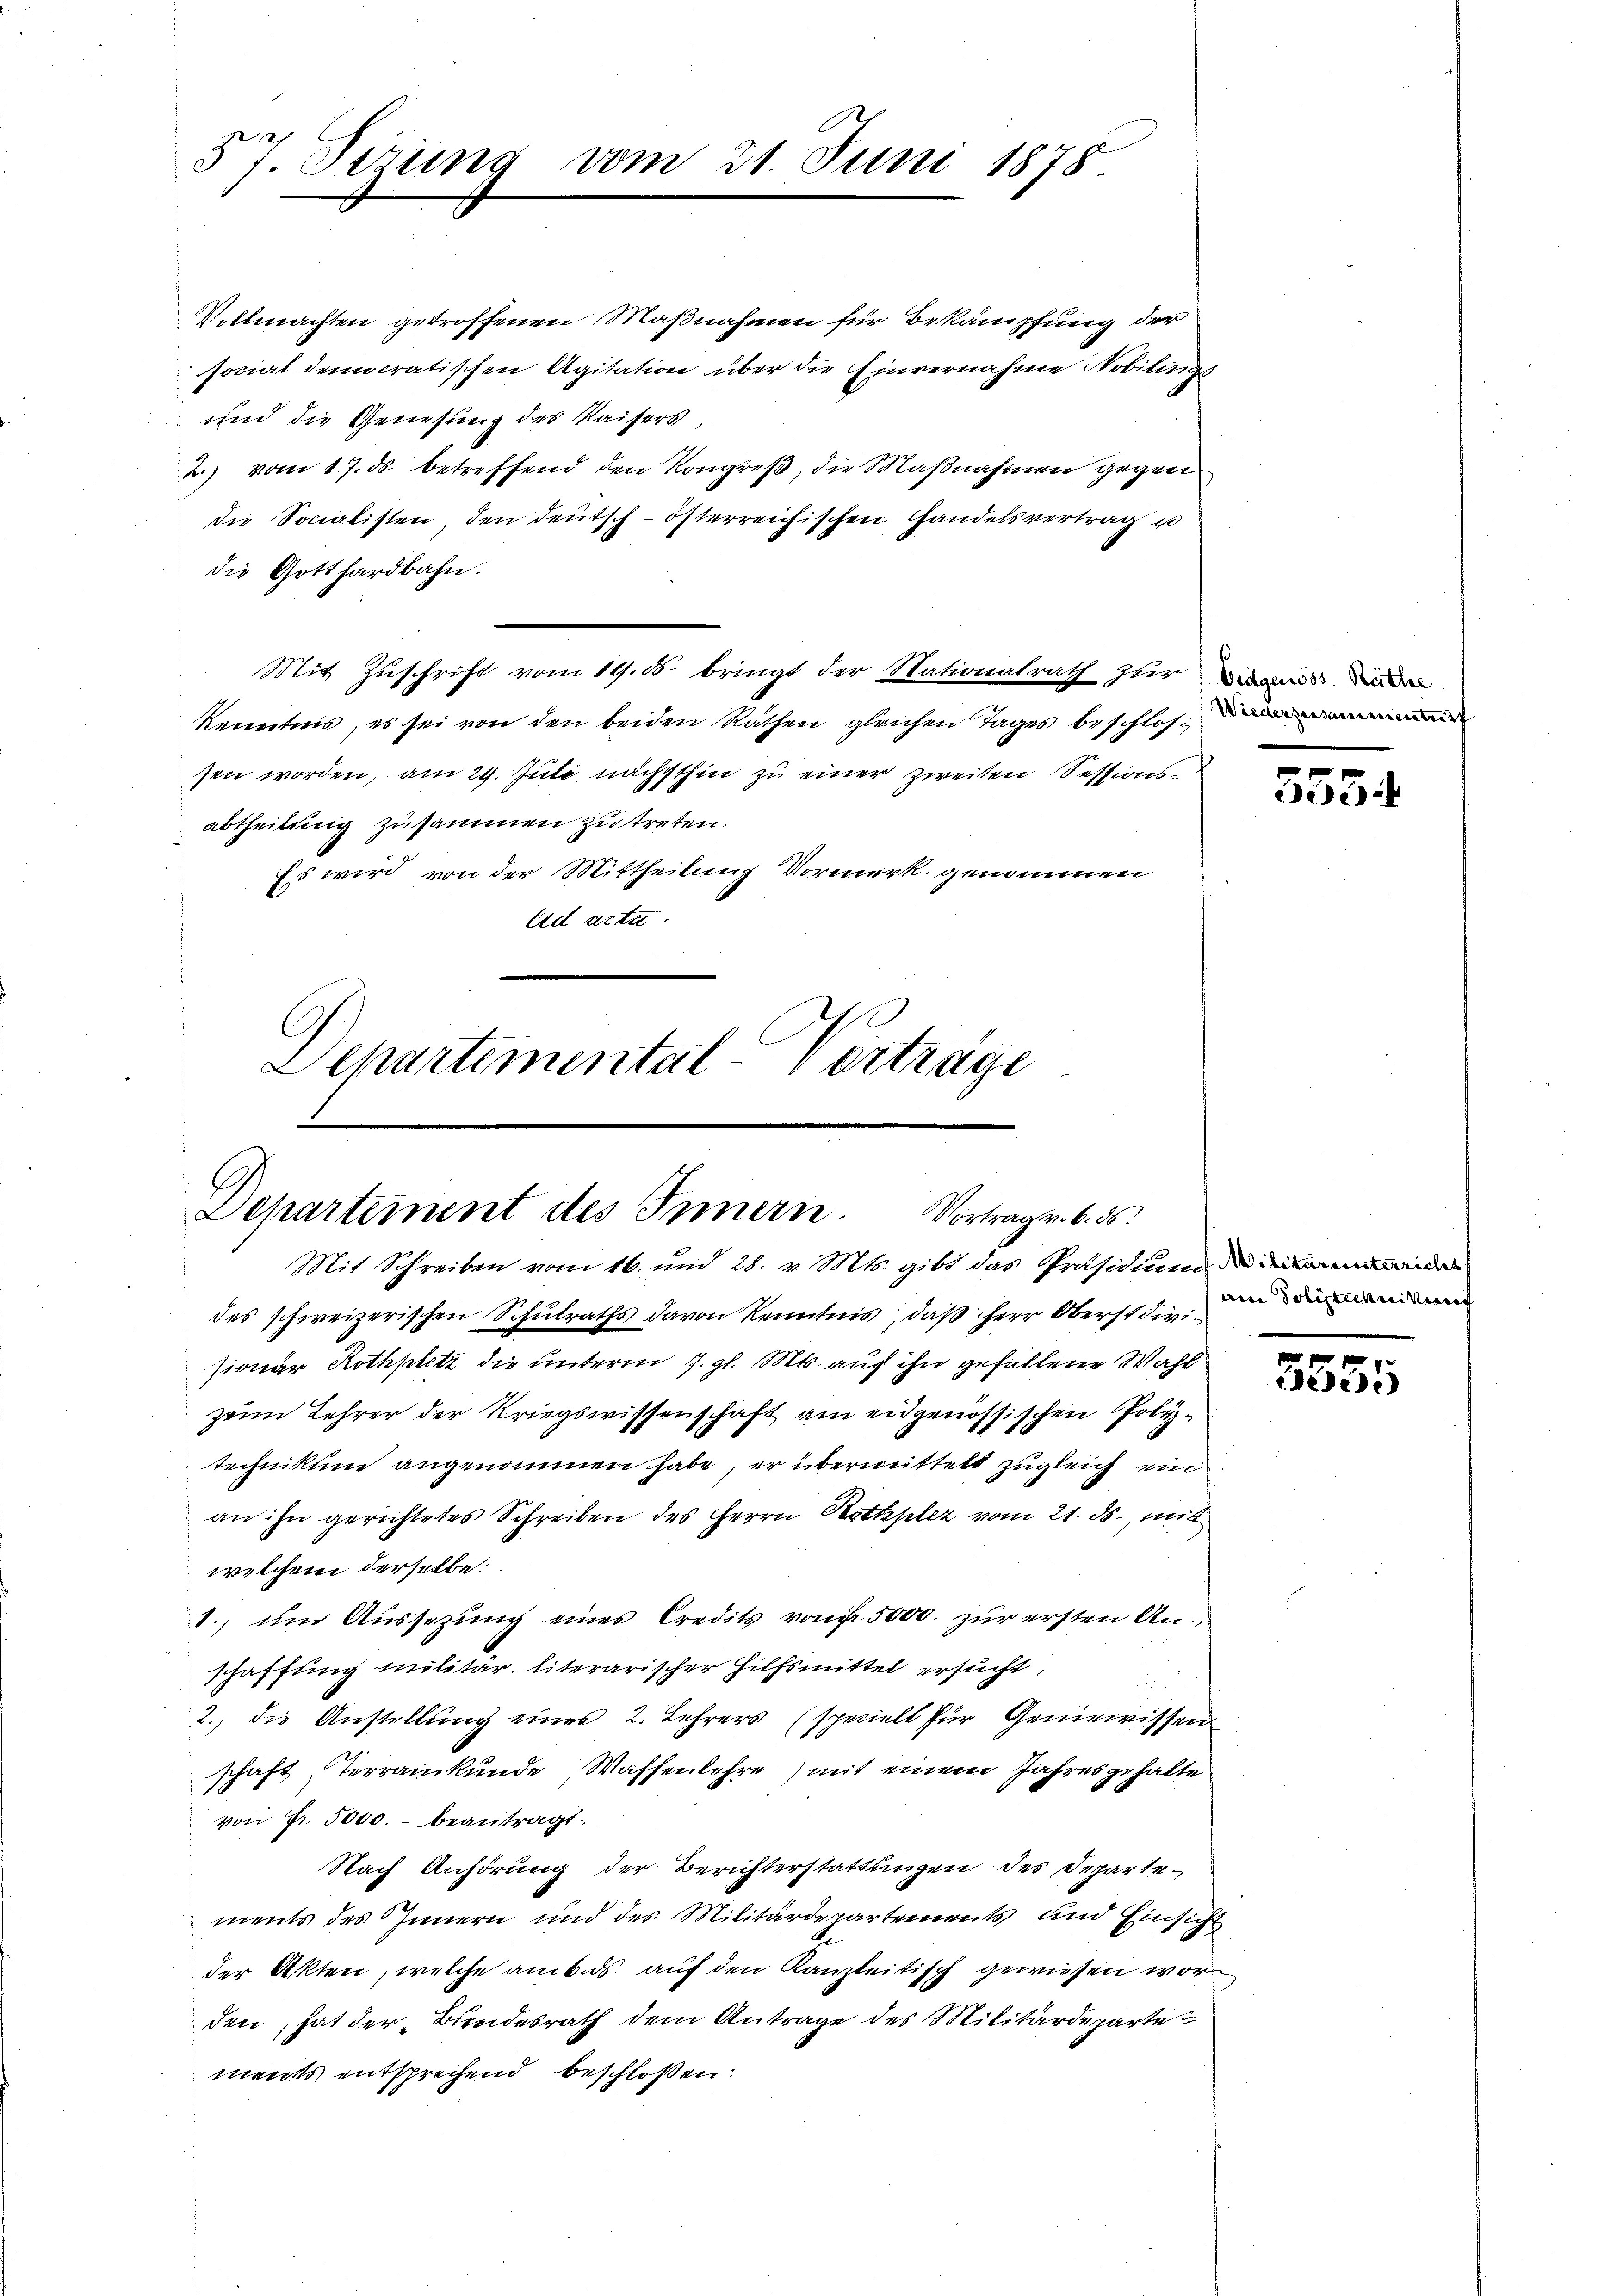
57. Serung

Vollmachten getroffenen Maßnahmen für Bekämpfung der
socialdemocratischen Agitation über die Einvernahme Nobilinge
und die Genesung des Kaisers
2.) vom 17. ds betreffend den Kongreß, die Maßnahmen gegen
die Socialisten, den deutsch-österreichischen Handelsvertrag u
die Gotthardbahn.
Mit Zuschrift vom 19. d. bringt der Nationalrath zur
kenntnis, es sei von den beiden Räthen gleichen Tages beschlos
sen worden, am 29. Juli nächsthin zu einer zweiten Sessionsabtheilung zusammen zu treten.
Es wird von der Mittheilung Vormerk genommen
Eid acte

Departement des Innern. Vortrag v. 6. ds.
Mit Schreiben vom 16. und 28. v. Mts. gibt das Präsidium die ander

Departemental-Verträge

vom

21. Juni 1878.

des schweizerischen Schulraths davon Kenntnis, daß Herr Oberst divisionär Rothplatz die unterm 7. gl. Mts. auf ihn gefallene Wahl
zeim Lehrer der Kriegswissenschaft am eidgenössischen Polytechnikum angenommen habe, er übermittelt zugleich ein
an ihn gerichtetes Schreiben des Herrn Rathslez vom 21. ds., mit
welchem derselbe:
1., um Aussezung eines Credits von 5000. zur ersten Anschaffung militär, literarischer Hilfsmittel ersucht,
2., die Anstellŭng eines 2. Lehrers (speciell für Geniewissen
schaft, Terrainkunde Waffenlehre) mit einem Jahresgehalte
von Fr. 5000. beantragt.
Nach Anhörung der Berichterstattungen des Departements des Innern und des Militärdepartements und Einsicht
der Akten, welche am 6. ds. auf den Kanzleitisch gewiesen worden, hat der Bundesrath dem Antrage des Militärdeparte
ments entsprechend beschloßen:

5554

ain Polizeichnittung

3555